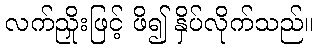
လက်ညှိုးဖြင့် ဖိ၍ နှိပ်လိုက်သည်။